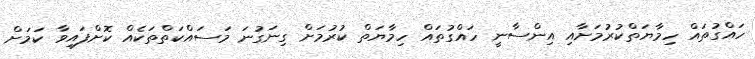
ހައްގުތައް ހިމާޔަތްކުރުމަށާއި އިންސާނީ ހައްގުތައް ހިމާޔަތް ކުރުމަށް ގިނަގުނަ މަސައްކަތްތަކެއް ކޮށްފައިވާ ކަމަށް